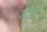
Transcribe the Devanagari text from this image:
गोठे